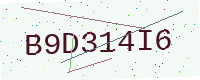
Text: B9D314I6